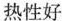
热性好